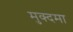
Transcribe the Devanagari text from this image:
मुक्दमा